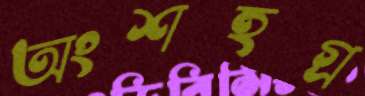
অংশহগ্র